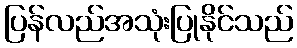
ပြန်လည်အသုံးပြုနိုင်သည်